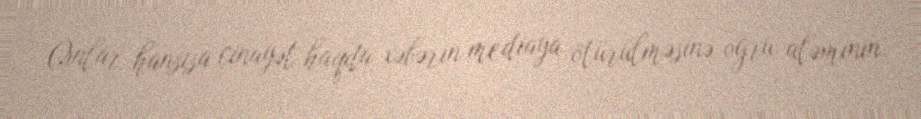
Onlar hansısa cinayət haqda xəbərin mediaya ötürülməsinə oğru aləminin